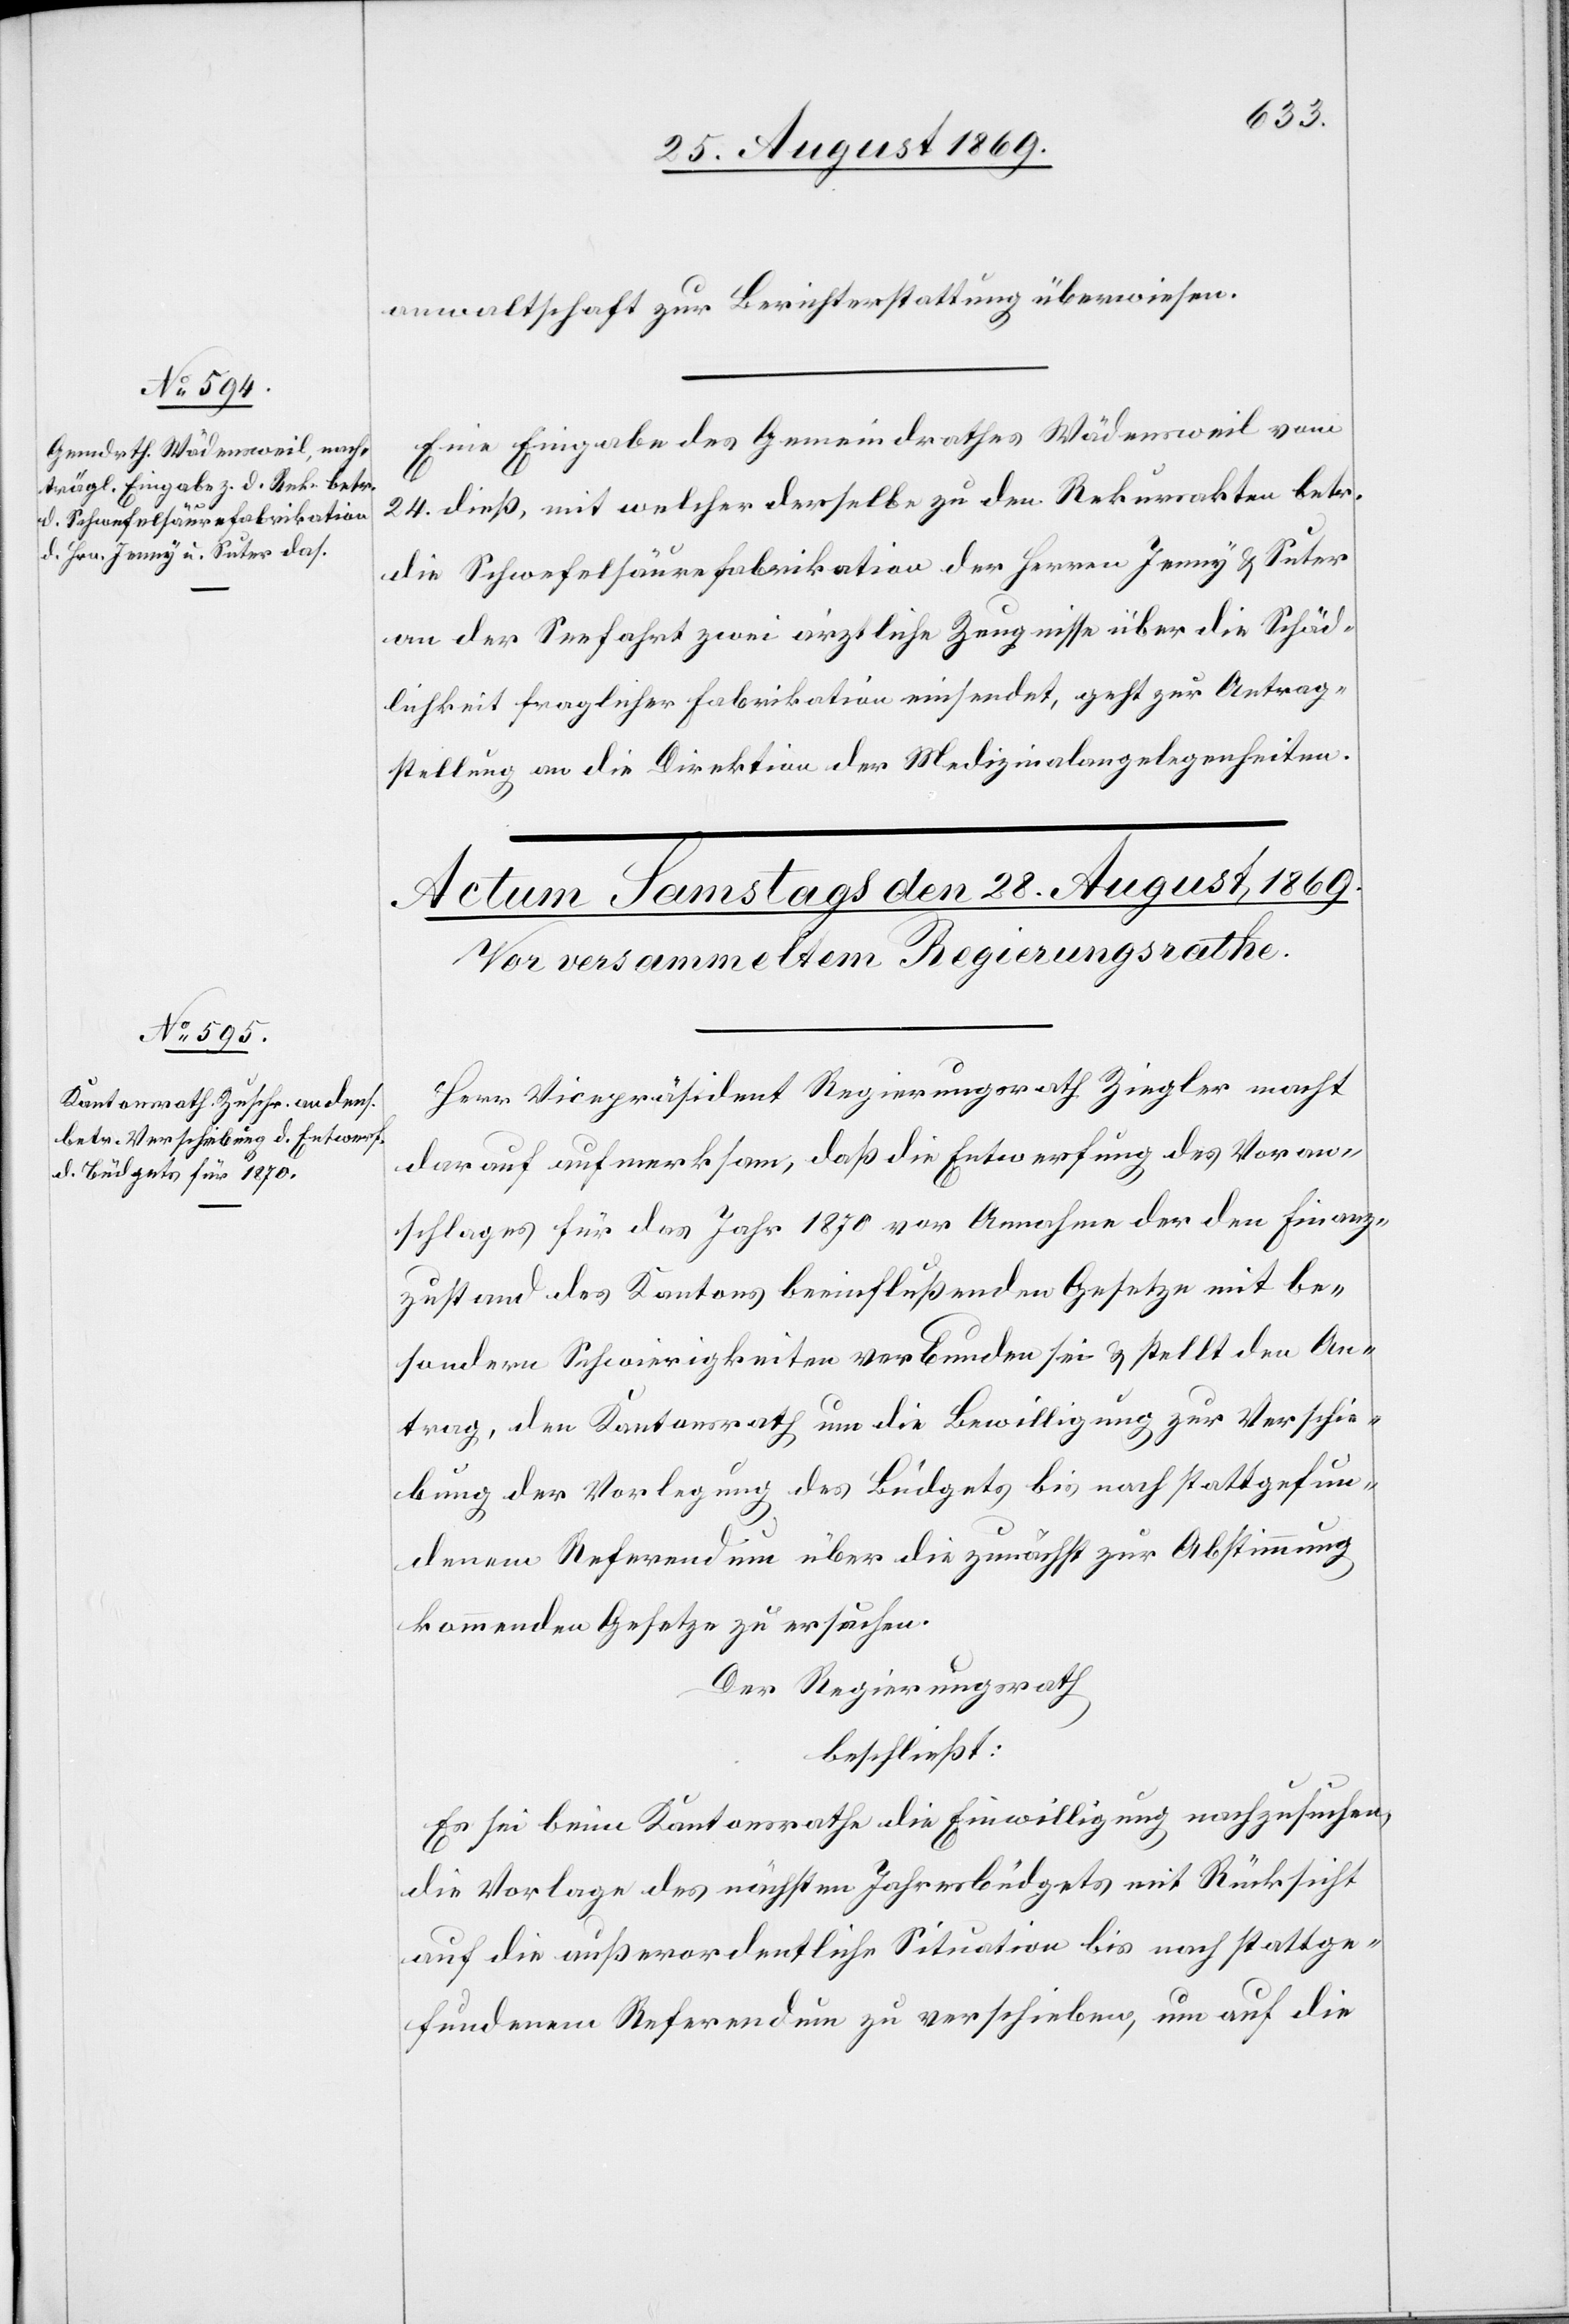
26. August 1869.]
anwaltschaft zur Berichterstattung überwiesen.
Eine Eingabe des Gemeindrathes Wädensweil vom
24. dies, mit welcher derselbe zu den Rekursakten betr.
die Schwefelsäurefabrikation der Herren Jenny & Suter
an der Seefahrt zwei ärztliche Zeugnisse über die Schäd¬
lichkeit fraglicher Fabrikation einsendet, geht zur Antrag¬
stellung an die Direktion der Medizinalangelegenheiten.
Herr Vicepräsident Regierungsrath Ziegler macht
darauf aufmerksam, daß die Entwerfung des Voran¬
schlages für das Jahr 1870 vor Annahme der den Finanz¬
zustand des Kantons beeinflußenden Gesetze mit be¬
sondern Schwierigkeiten verbunden sei & stellt den An¬
trag, den Kantonsrath um die Bewilligung zur Verschie¬
bung der Vorlegung des Büdgets bis nach stattgefun¬
denem Referendum über die zunächst zur Abstimmung
kommenden Gesetze zu ersuchen.
Der Regierungsrath
beschließt:
Es sei beim Kantonsrathe die Einwilligung nachzusuchen,
die Vorlage des nächsten Jahresbüdgets mit Rücksicht
auf die außerordentliche Situation bis nach stattge¬
fundenem Referendum zu verschieben, um auf die